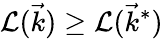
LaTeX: \mathcal{L}(\vec{k})\geq\mathcal{L}(\vec{k}^{*})